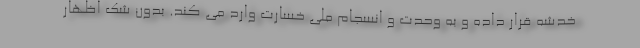
خدشه قرار داده و به وحدت و انسجام ملی خسارت وارد می کند. بدون شک اظهار